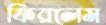
ফিরলেম